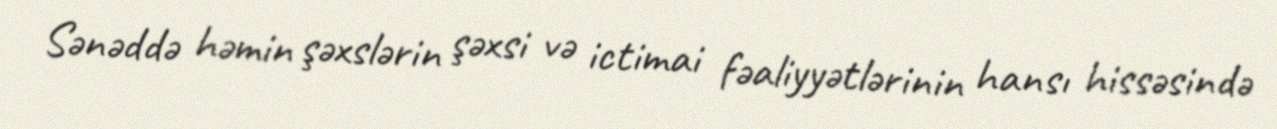
Sənəddə həmin şəxslərin şəxsi və ictimai fəaliyyətlərinin hansı hissəsində